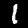
Label: 1